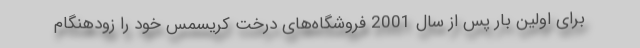
برای اولین بار پس از سال 2001 فروشگاه‌های درخت کریسمس خود را زودهنگام